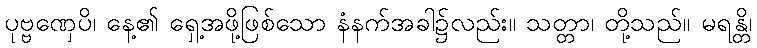
ပုဗ္ဗဏှေပိ၊ နေ့၏ ရှေ့အဖို့ဖြစ်သော နံနက်အခါ၌လည်း။ သတ္တာ၊ တို့သည်။ မရန္တိ၊